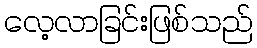
လေ့လာခြင်းဖြစ်သည်